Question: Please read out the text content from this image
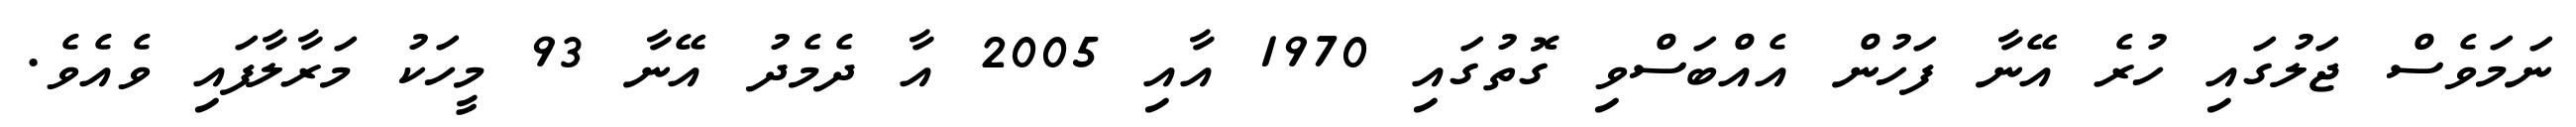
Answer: ނަމަވެސް ޖަލުގައި ހުރެ އޭނާ ފަހުން އެއްބަސްވި ގޮތުގައި 1970 އާއި 2005 އާ ދެމެދު އޭނާ 93 މީހަކު މަރާލާފައި ވެއެވެ.